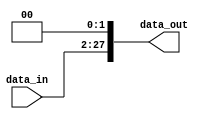
module shift_left26_28 (

     input  wire [25:0] data_in,
     output wire [27:0] data_out

);
    
    wire [27:0] out1;

    assign data_out     = {data_in,2'b0};

endmodule